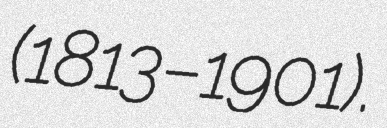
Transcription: (1813–1901).